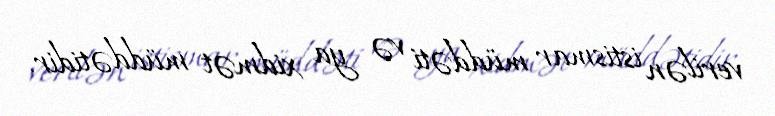
verilən istismar müddəti və ya xidmət müddətidir.